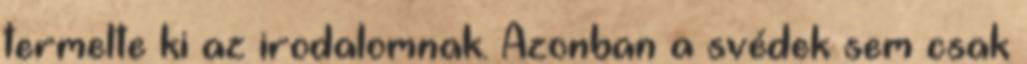
termelte ki az irodalomnak. Azonban a svédek sem csak